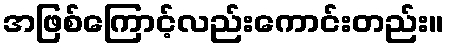
အဖြစ်ကြောင့်လည်းကောင်းတည်း။